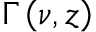
\Gamma \left( \nu , z \right)